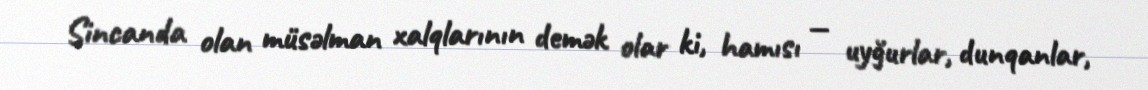
Sincanda olan müsəlman xalqlarının demək olar ki, hamısı — uyğurlar, dunqanlar,